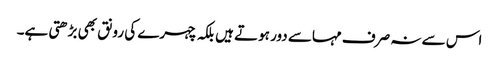
اس سے نہ صرف مہاسے دور ہوتے ہیں بلکہ چہرے کی رونق بھی بڑھتی ہے۔